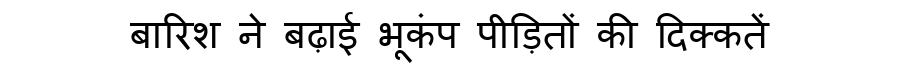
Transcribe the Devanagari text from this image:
बारिश ने बढ़ाई भूकंप पीड़ितों की दिक्कतें